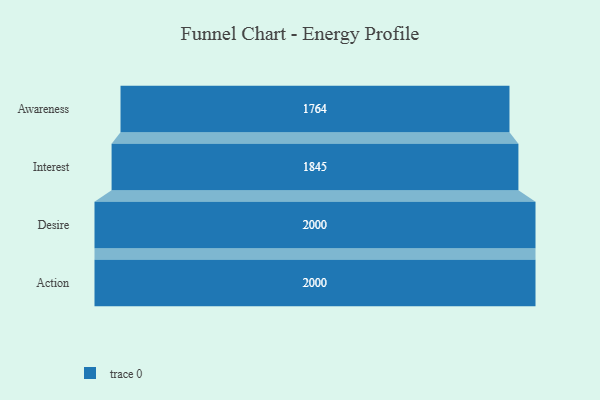
{"axis": {"x": "Stage", "y": "Value"}, "legend": [""], "data": [{"x": "Awareness", "y": 1764.0, "type": ""}, {"x": "Interest", "y": 1845.0, "type": ""}, {"x": "Desire", "y": 2000, "type": ""}, {"x": "Action", "y": 2000, "type": ""}]}